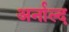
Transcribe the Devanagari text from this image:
अर्नाल्द